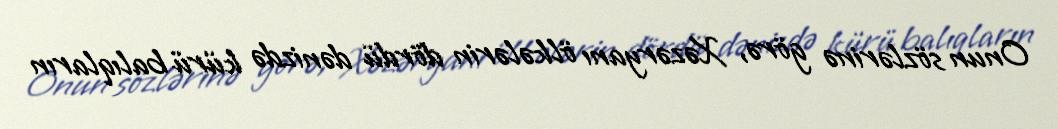
Onun sözlərinə görə, Xəzəryanı ölkələrin dördü dənizdə kürü balıqların